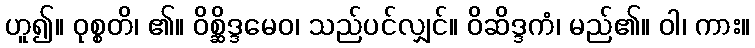
ဟူ၍။ ဝုစ္စတိ၊ ၏။ ဝိစ္ဆိဒ္ဒမေဝ၊ သည်ပင်လျှင်။ ဝိဆိဒ္ဒကံ၊ မည်၏။ ဝါ၊ ကား။